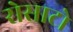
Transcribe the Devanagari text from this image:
रोसाटो